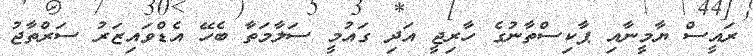
ރައީސް ޔާމީނާއި ޕާކިސްތާނުގެ ހާރިޖީ އަދި ގައުމީ ސަލާމަތާ ބެހޭ އެޑްވައިޒަރު ސަރްތާޖު